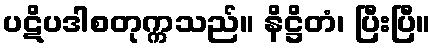
ပဋိပဒါစတုက္ကသည်။ နိဋ္ဌိတံ၊ ပြီးပြီ။